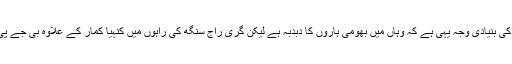
گری راج سنگھ کو بیگو سرائے بھیجنے کی بنیادی وجہ یہی ہے کہ وہاں میں بھومی ہاروں کا دبدبہ ہے لیکن گری راج سنگھ کی راہوں میں کنہیا کمار کے علاوہ بی جے پی کے رجنیش کمار بھی ایک رکاوٹ ہیں۔